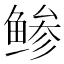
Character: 鲹